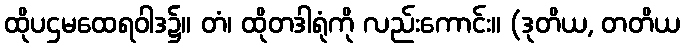
ထိုပဌမထေရဝါဒ၌။ တံ၊ ထိုတဒါရုံကို လည်းကောင်း။ (ဒုတိယ, တတိယ